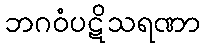
ဘဂဝံပဋိသရဏာ